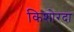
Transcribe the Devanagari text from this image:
किशोरदा